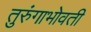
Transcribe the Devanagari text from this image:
तुरुंगाभोवती